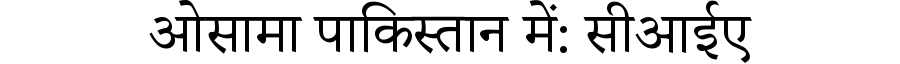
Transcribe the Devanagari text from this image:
ओसामा पाकिस्तान में: सीआईए